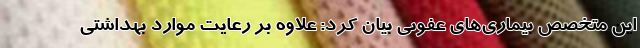
این متخصص بیماری‌های عفونی بیان کرد: علاوه بر رعایت موارد بهداشتی